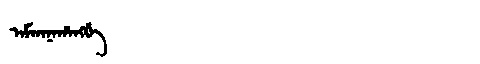
Manchu: ᠠᠮᡤᠠᠨᠠᡥᠠᠩᡤᡝ
Romanization: AMGANAHANGGE